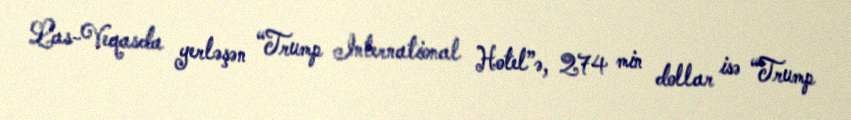
Las-Veqasda yerləşən “Trump International Hotel”ə, 274 min dollar isə “Trump